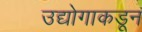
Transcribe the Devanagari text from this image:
उद्योगाकडून